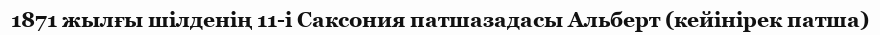
1871 жылғы шілденің 11-і Саксония патшазадасы Альберт (кейінірек патша)